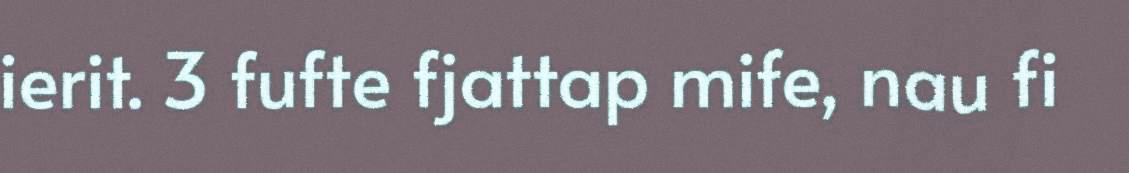
ierit. 3 fufte fjattap mife, nau fi